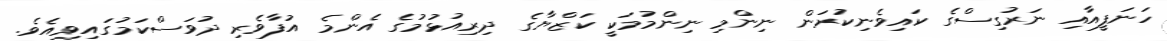
ހަނަފީއާއި ނަރުގިސްގެ ކައިވެނިކުރަން ނިންމި ނިންމުމަކީ ކަޒްޔާގެ ދިރިއުޅުމުގެ އެންމެ އުފާވެރި ދުވަސްކަމުގައިވިއެވެ.